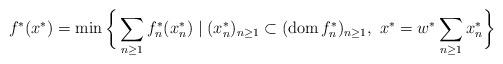
LaTeX: \begin{align*}f^{\ast}(x^{\ast})=\min\bigg\{\sum_{n\geq1}f_{n}^{\ast}(x_{n}^{\ast})\mid(x_{n}^{\ast})_{n\geq1}\subset(\operatorname*{dom}f_{n}^{\ast})_{n\geq1},\ x^{\ast}=w^{\ast}\sum_{n\geq1}x_{n}^{\ast}\bigg\} \end{align*}